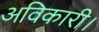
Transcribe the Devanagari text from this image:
अविकारी।